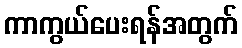
ကာကွယ်ပေးရန်အတွက်